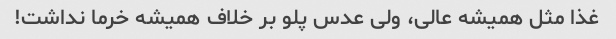
غذا مثل همیشه عالی، ولی عدس پلو بر خلاف همیشه خرما نداشت!